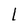
Character: l